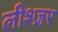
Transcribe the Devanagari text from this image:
लीश्ज़र